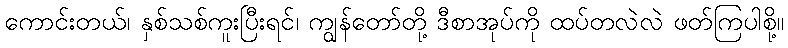
ကောင်းတယ်၊ နှစ်သစ်ကူးပြီးရင်၊ ကျွန်တော်တို့ ဒီစာအုပ်ကို ထပ်တလဲလဲ ဖတ်ကြပါစို့။